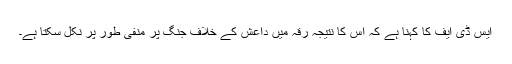
ایس ڈی ایف کا کہنا ہے کہ اس کا نتیجہ رقہ میں داعش کے خلاف جنگ پر منفی طور پر نکل سکتا ہے۔